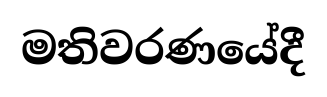
මතිවරණයේදී